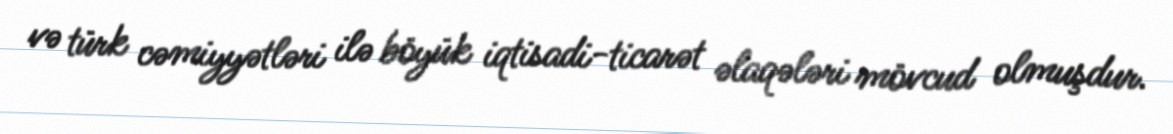
və türk cəmiyyətləri ilə böyük iqtisadi-ticarət əlaqələri mövcud olmuşdur.